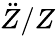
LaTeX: {\ddot{Z}}/Z